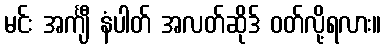
မင်း အင်္ကျီ နံပါတ် အလတ်ဆိုဒ် ဝတ်လို့ရလား။